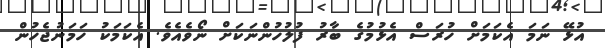
އުޅޭ ނަމަ އެކަމަށް ހުރަސް އެޅުމުގެ ބާރު ފުލުހުންނަކަށް ނޯވެއެވެ. އެކަމަކު ހަމަނުޖެހުން